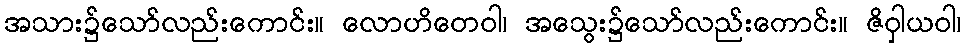
အသား၌သော်လည်းကောင်း။ လောဟိတေဝါ၊ အသွေး၌သော်လည်းကောင်း။ ဇိဝှါယဝါ၊